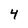
Character: 4